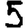
Digit: 5